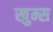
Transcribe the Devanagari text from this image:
खुम्स